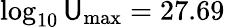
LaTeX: \log_{10}\mathsf{U}_{\mathrm{{max}}}=27.69